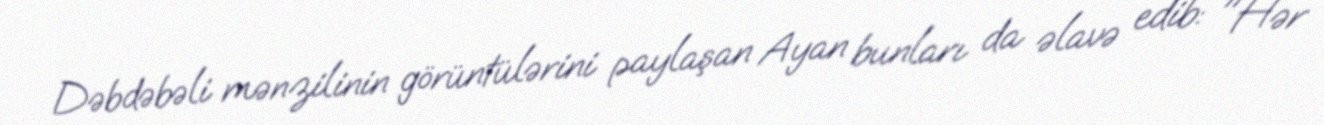
Dəbdəbəli mənzilinin görüntülərini paylaşan Ayan bunları da əlavə edib: "Hər